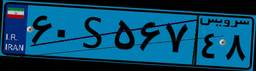
۶۰S۵۶۷۴۸